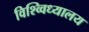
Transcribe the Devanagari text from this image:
विश्व्विध्यालय